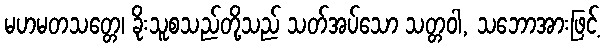
မဟမတသတ္တေ၊ ခိုးသူစသည်တို့သည် သတ်အပ်သော သတ္တဝါ, သဘောအားဖြင့်